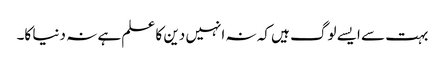
بہت سے ایسے لوگ ہیں کہ نہ انہیں دین کا علم ہے نہ دنیا کا۔